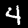
Label: 4